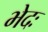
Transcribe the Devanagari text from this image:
भेदः